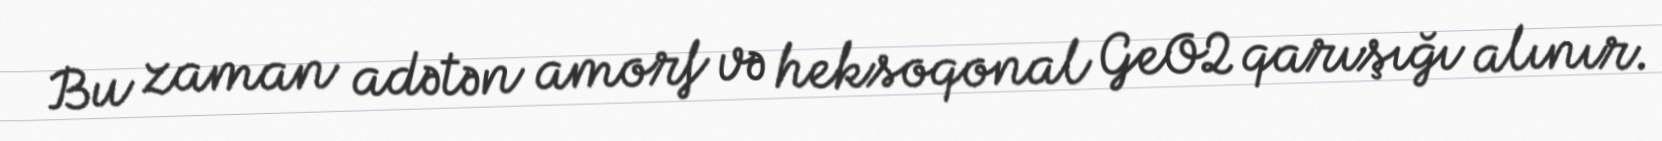
Bu zaman adətən amorf və heksoqonal GeO2 qarışığı alınır.